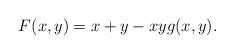
LaTeX: \begin{align*}F(x,y)=x+y-xyg(x,y).\end{align*}